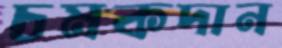
চমকদান